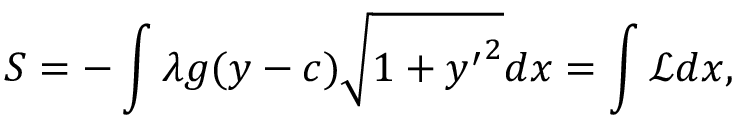
S = - \int \lambda g ( y - c ) \sqrt { 1 + { y ^ { \prime } } ^ { 2 } } d x = \int \mathcal { L } d x ,